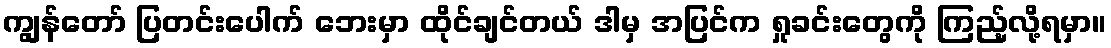
ကျွန်တော် ပြတင်းပေါက် ဘေးမှာ ထိုင်ချင်တယ် ဒါမှ အပြင်က ရှုခင်းတွေကို ကြည့်လို့ရမှာ။